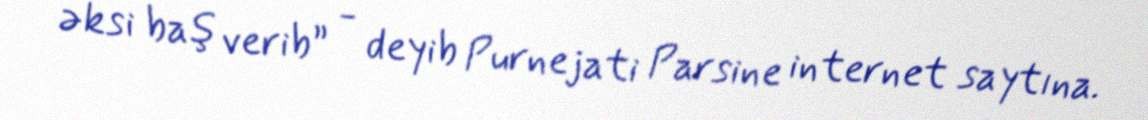
əksi baş verib” - deyib Purnejati Parsine internet saytına.